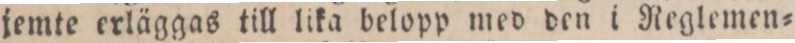
jemte erläggas till lika belopp med den i Reglemen=